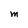
Character: M